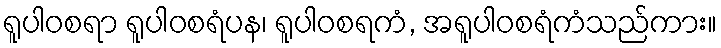
ရူပါဝစရာ ရူပါဝစရံပန၊ ရူပါဝစရကံ, အရူပါဝစရံကံသည်ကား။